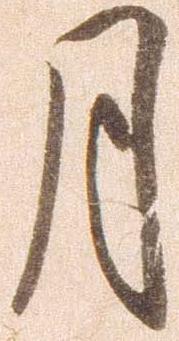
月